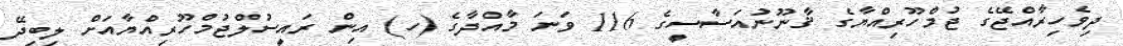
ދިވެހިރާއްޖޭގެ ޖުމްހޫރިއްޔާގެ ޤާނޫނުއަސާސީގެ 116 ވަނަ މާއްދާގެ (ހ) އިން ރައީސުލްޖުމްހޫރިއްޔާއަށް ލިބިދޭ